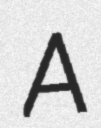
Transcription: A